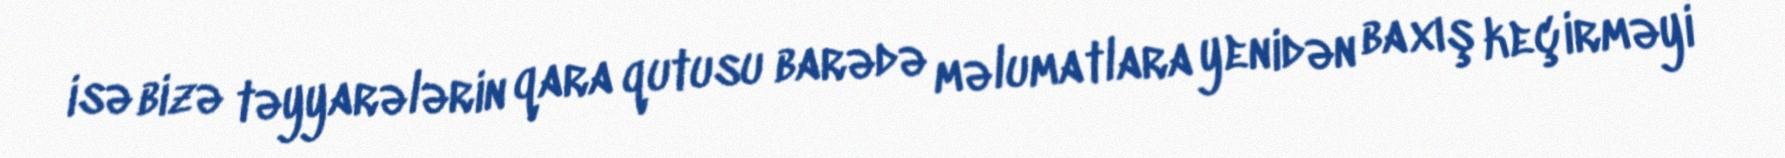
isə bizə təyyarələrin qara qutusu barədə məlumatlara yenidən baxış keçirməyi